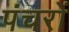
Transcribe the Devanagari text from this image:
पंचरों